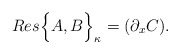
\begin{align*}Res \Big \{ A,B \Big \}_{\kappa} = ( \partial_{x} C).\end{align*}